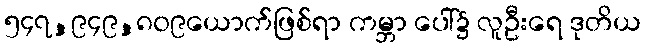
၅၄၇,၉၄၉,၈၀၉ယောက်ဖြစ်ရာ ကမ္ဘာ ပေါ်၌ လူဦးရေ ဒုတိယ